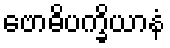
ဗောဓိပက္ခိယာနံ